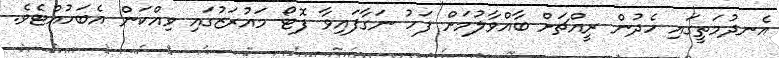
އެނދުމަތީގައި ހެދުން ރީއްޗަށް ބާއްވާލުމަށް ފަހު ނަގާފައިވާ ފޮޓޯ މައުރަޒުގައި ވިއްކަން އެބަހުއްޓެވެ.